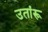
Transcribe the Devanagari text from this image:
उतांरू